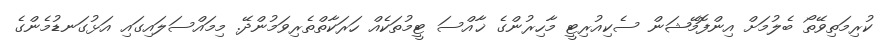
ކުރިމަތިވޭތޯ ބެލުމަށް އިންފޮމޭޝަން ސެކިއުރިޓީ މާހިރުންގެ ޚާއްސަ ޓީމުތަކެއް ހަރަކާތްތެރިވަމުންދޭ. މިމައްސަލައިގައި އަޅުގަނޑުމެންގެ